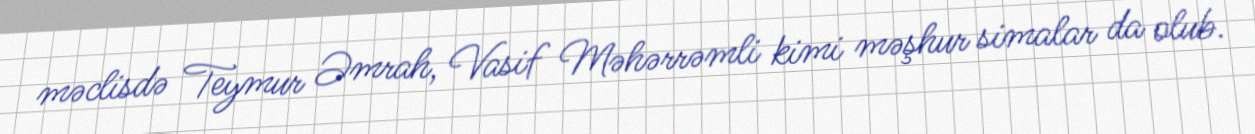
məclisdə Teymur Əmrah, Vasif Məhərrəmli kimi məşhur simalar da olub.